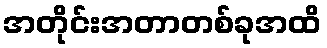
အတိုင်းအတာတစ်ခုအထိ